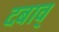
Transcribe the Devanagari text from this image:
दबाव्